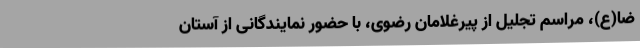
ضا(ع)، مراسم تجلیل از پیرغلامان رضوی، با حضور نمایندگانی از آستان